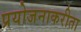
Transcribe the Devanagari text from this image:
प्रयोजनाकरीता